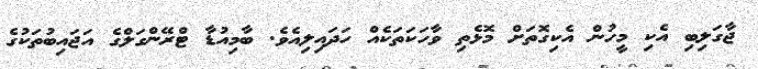
ޖާގަލިބި އެކި މީހުން އެކިގޮތަށް މޮޅެތި ވާހަކަތަކެއް ހަދައިލިއެވެ. ބާމިއުޑާ ޓްރޭންގަލްގެ އަޖައިބުތަކުގެ